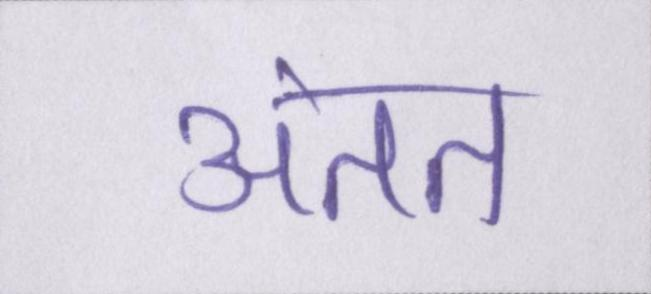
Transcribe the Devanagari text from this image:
अंतत